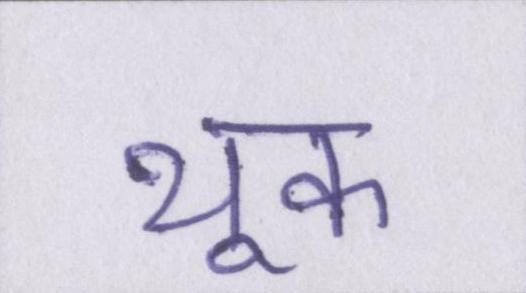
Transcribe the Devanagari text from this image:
थूक